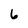
Character: 6